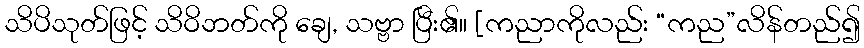
သိပိသုတ်ဖြင့် သိဝိဘတ်ကို ချေ, သဗ္ဗာ ပြီး၏။ [ကညာကိုလည်း “ကည”လိန်တည်၍